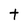
Character: t